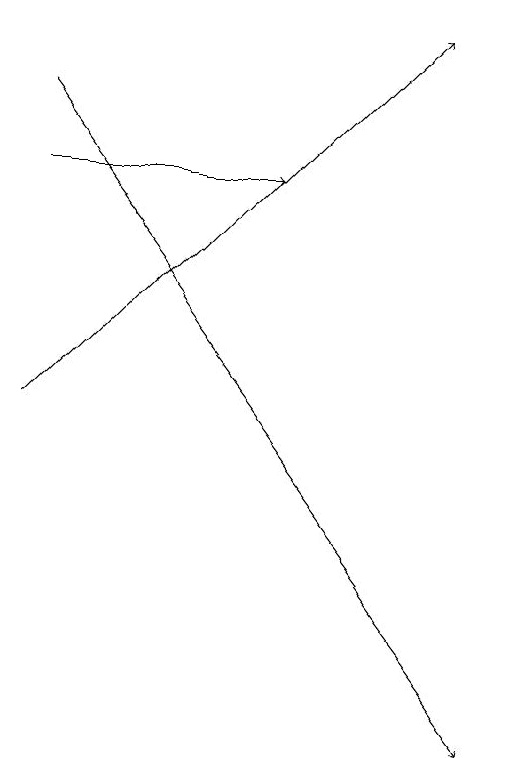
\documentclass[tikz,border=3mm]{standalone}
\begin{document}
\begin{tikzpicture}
\draw[->] (2,17) -- (5,17);
\draw[->] (2,14) -- (7,19);
\draw[->] (2,18) -- (8,10);
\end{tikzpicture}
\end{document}